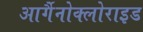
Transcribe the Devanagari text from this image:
आर्गैनोक्लोराइड